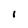
Character: i